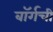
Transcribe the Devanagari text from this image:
बॉर्गची